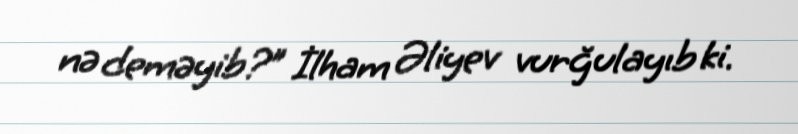
nə deməyib?” İlham Əliyev vurğulayıb ki.